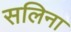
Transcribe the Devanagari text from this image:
सलिना